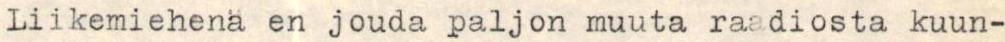
Liikemiehenä en jouda paljon muuta raadiosta kuun-